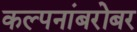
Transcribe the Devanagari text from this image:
कल्पनांबरोबर